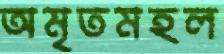
অমৃতমহল